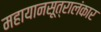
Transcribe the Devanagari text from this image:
महायानसूत्रालंकार